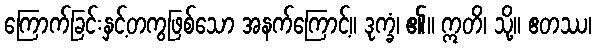
ကြောက်ခြင်းနှင့်တကွဖြစ်သော အနက်ကြောင့်။ ဒုက္ခံ၊ ၏။ ဣတိ၊ သို့။ ဧတဿ၊